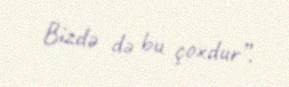
Bizdə də bu çoxdur”.